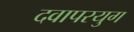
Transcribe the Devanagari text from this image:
दवापरयुग